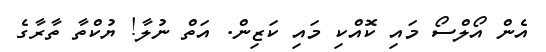
އެން އޯލްސޯ މައި ކޮއްކި މައި ކަޒިން. އަތް ނުލާ! ޔުކްތާ ތާރާގެ